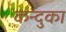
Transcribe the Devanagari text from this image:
कन्दुका